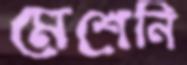
মেশেনি